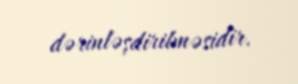
dərinləşdirilməsidir.